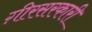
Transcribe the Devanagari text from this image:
ग़ीरसरकारी